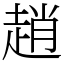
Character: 趙